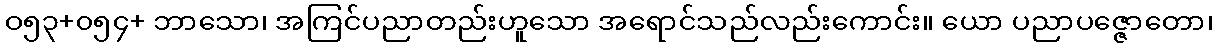
ဝ၅၃+၀၅၄+ ဘာသော၊ အကြင်ပညာတည်းဟူသော အရောင်သည်လည်းကောင်း။ ယော ပညာပဇ္ဇောတော၊